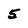
Character: 5